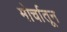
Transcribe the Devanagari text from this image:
मोर्चातून